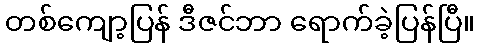
တစ်ကျော့ပြန် ဒီဇင်ဘာ ရောက်ခဲ့ပြန်ပြီ။